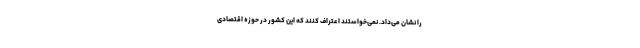
را نشان می‌داد. نمی‌خواستند اعتراف کنند که این کشور در حوزه اقتصادی